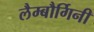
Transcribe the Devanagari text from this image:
लैम्बौर्गिनी